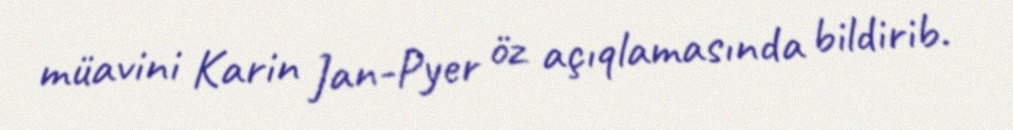
müavini Karin Jan-Pyer öz açıqlamasında bildirib.